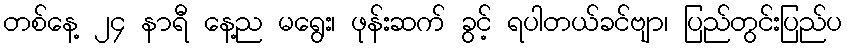
တစ်နေ့ ၂၄ နာရီ နေ့ည မရွေး၊ ဖုန်းဆက် ခွင့် ရပါတယ်ခင်ဗျာ၊ ပြည်တွင်းပြည်ပ